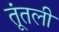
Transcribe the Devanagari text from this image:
तूंतली